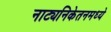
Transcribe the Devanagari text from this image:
नाट्यनिकेतनमध्ये